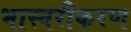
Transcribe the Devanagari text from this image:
भास्वरीकरण